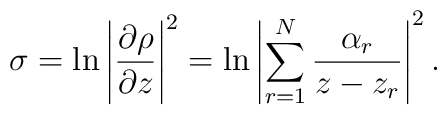
\sigma = \ln \left|{\partial \rho \over \partial z}\right|^2 = \ln\left|\sum\limits_{r=1}^{N} {\alpha_r \over z- z_r}\right|^2.